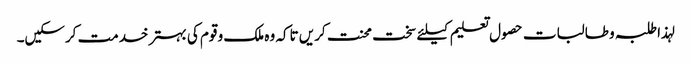
لہذا طلبہ و طالبات حصول تعلیم کیلئے سخت محنت کریں تاکہ وہ ملک و قوم کی بہتر خدمت کرسکیں۔